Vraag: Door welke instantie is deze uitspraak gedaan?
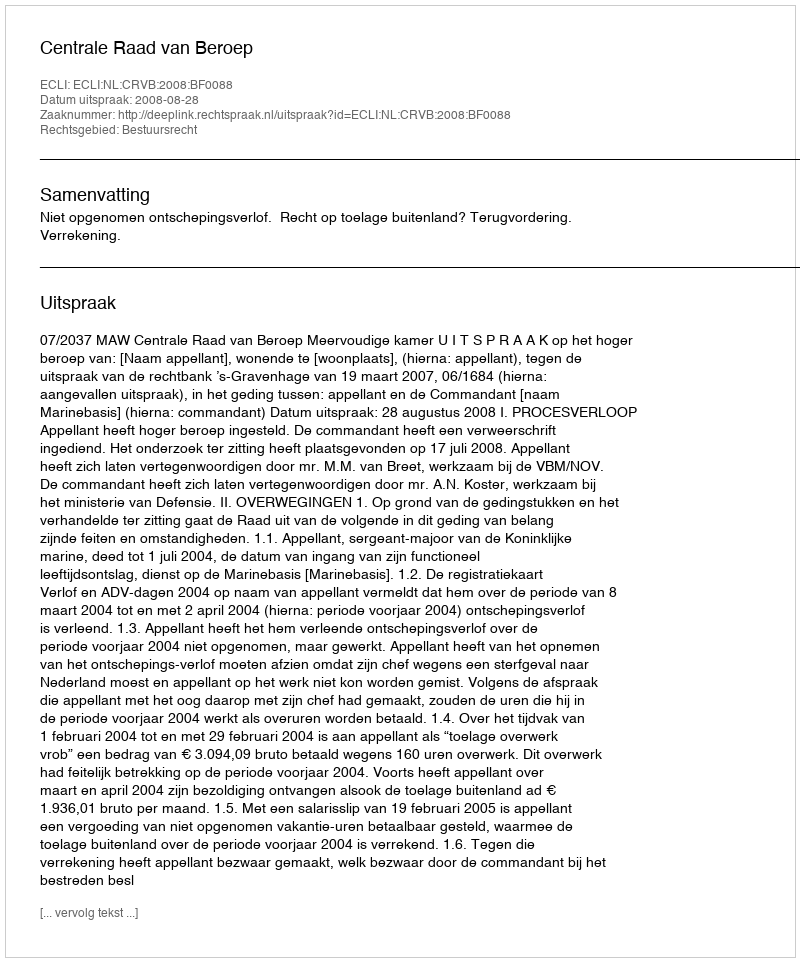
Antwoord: Centrale Raad van Beroep